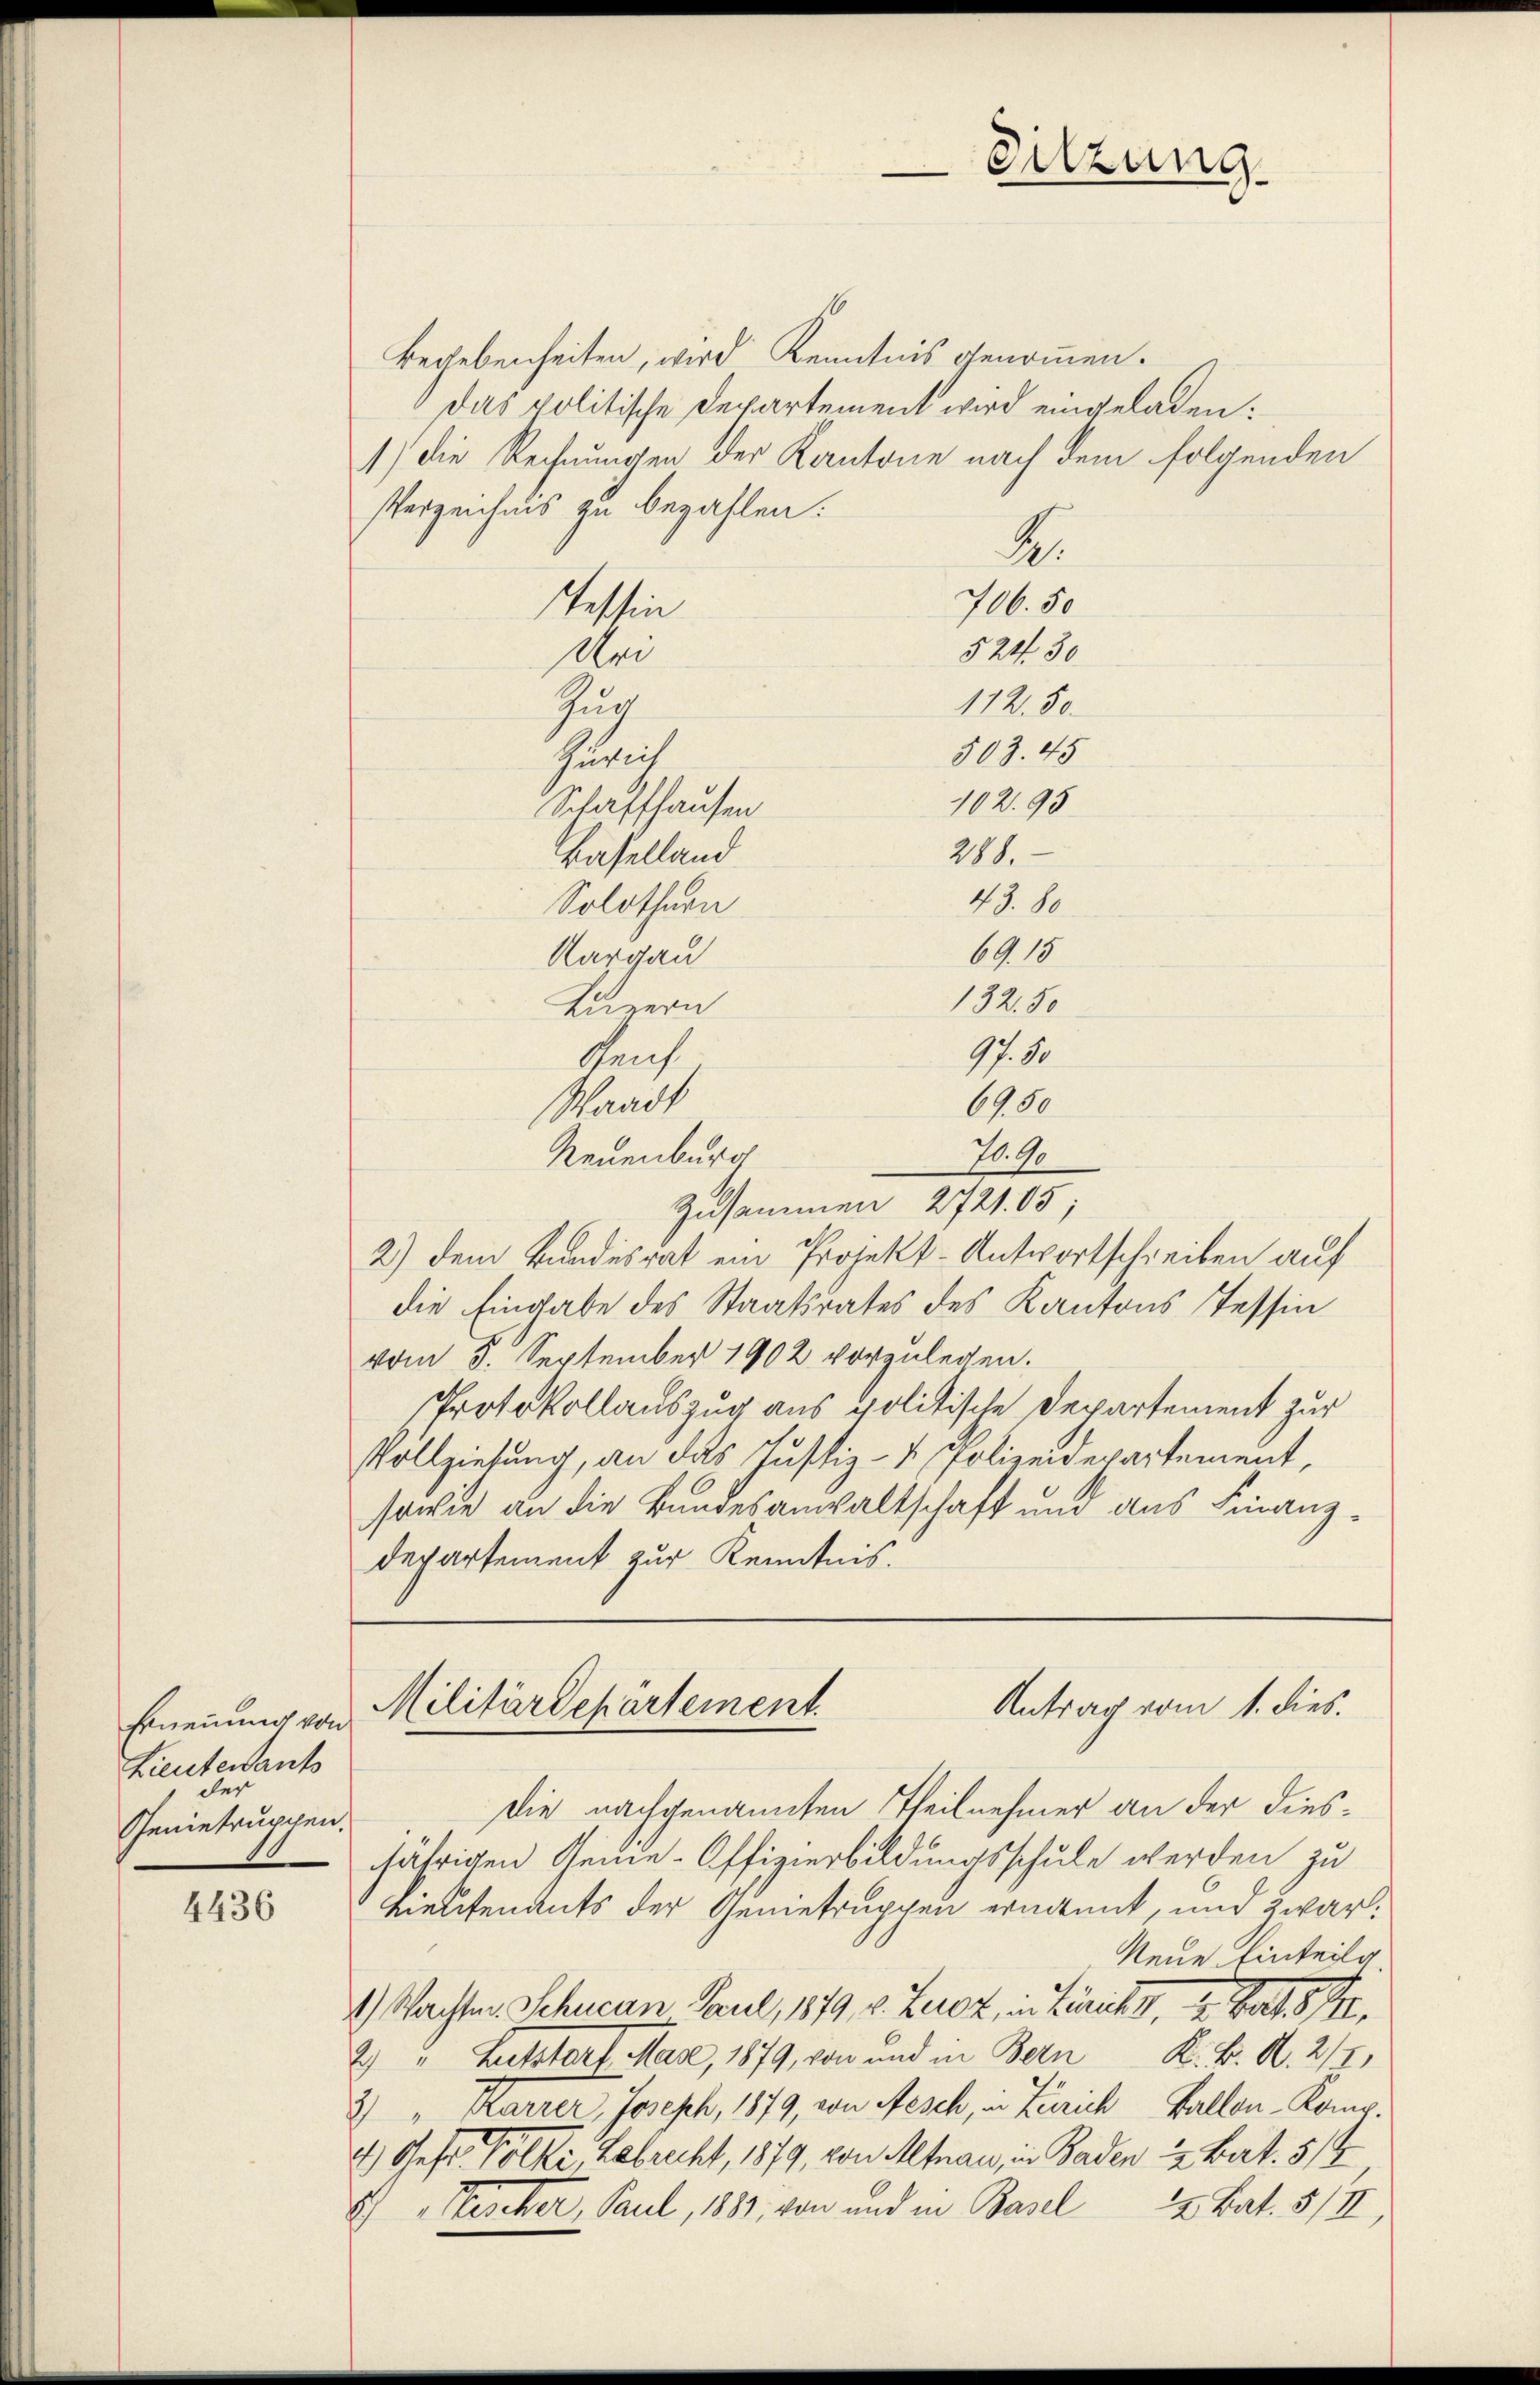
Sitzung.

Begebenheiten, wird Kenntnis genommen.
Das politische Departement wird eingeladen:
1) die Rechnungen der Kantone nach dem folgenden
Verzeichnis zu bezahlen.
A.
706. 50
Teschen
52430
Uri
112.50
Zur
503. 45
Zürich
102. 95
Schaffhausen
211.
Baselland
43. 80
Solothurn
6915
Aargau
132. 50
Luzern
97. 10
Gens¬
6400
Waadt
70. 90
Neuenburg
Zusammen 2721. 05;
2) dem Bundesrat ein Projekt-Antwortschreiben auf
die Eingabe des Staatsrates des Kantons Tessin
vom 5. September 1902 vorzulegen.
Protokollauszug aus politische Departement zur
Vollziehung, an das Justiz- & Polizeidepartement,
sowie an die Bundesanwaltschaft und aus Finanz¬
Departement zur Kenntnis.

Antrag vom 1. dies.
Militärdepartement.

Ernennung von
Lieutenants
der
Genietruppen.

Die nachgenannten Theilnehmer an der diesjährigen Genie-Offizierbildungsschule werden zu
Lieutenants der Genietruppen ernannt, und zwar
Neue Einteilg.
1.) Nachten Schuean Paul, 1879, 8. Berez, in Züricht, u. Hat 5 Fr.
2) " Hutstorf Mase, 1879, von und in Bern K. K. A. 217,
2) " Karrer, Joseph, 1879, von Aesch, in Zürich Fallen-Komp.
4) Gester, Gebrecht, 1879, von Altnau, in Baden 2. Bert. 514
S) Steischer, Paul, 1881, von und in Basel 22 Bat. 5/II,

4436